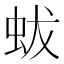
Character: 蛂